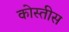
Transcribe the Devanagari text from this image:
कोस्तीस